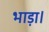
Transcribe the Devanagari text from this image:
भाड़ा।